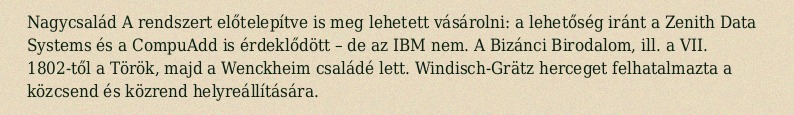
Nagycsalád A rendszert előtelepítve is meg lehetett vásárolni: a lehetőség iránt a Zenith Data Systems és a CompuAdd is érdeklődött – de az IBM nem. A Bizánci Birodalom, ill. a VII. 1802-től a Török, majd a Wenckheim családé lett. Windisch-Grätz herceget felhatalmazta a közcsend és közrend helyreállítására.